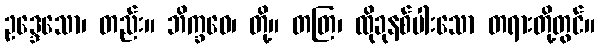
ဥဒ္ဒေသော၊ တည်း။ ဘိက္ခဝေ၊ တို့။ တတြ၊ ထိုခုနစ်ပါးသော တရားတို့တွင်။